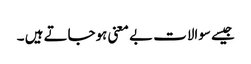
جیسے سوالات بے معنی ہوجاتے ہیں ۔